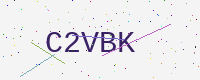
Text: C2VBK